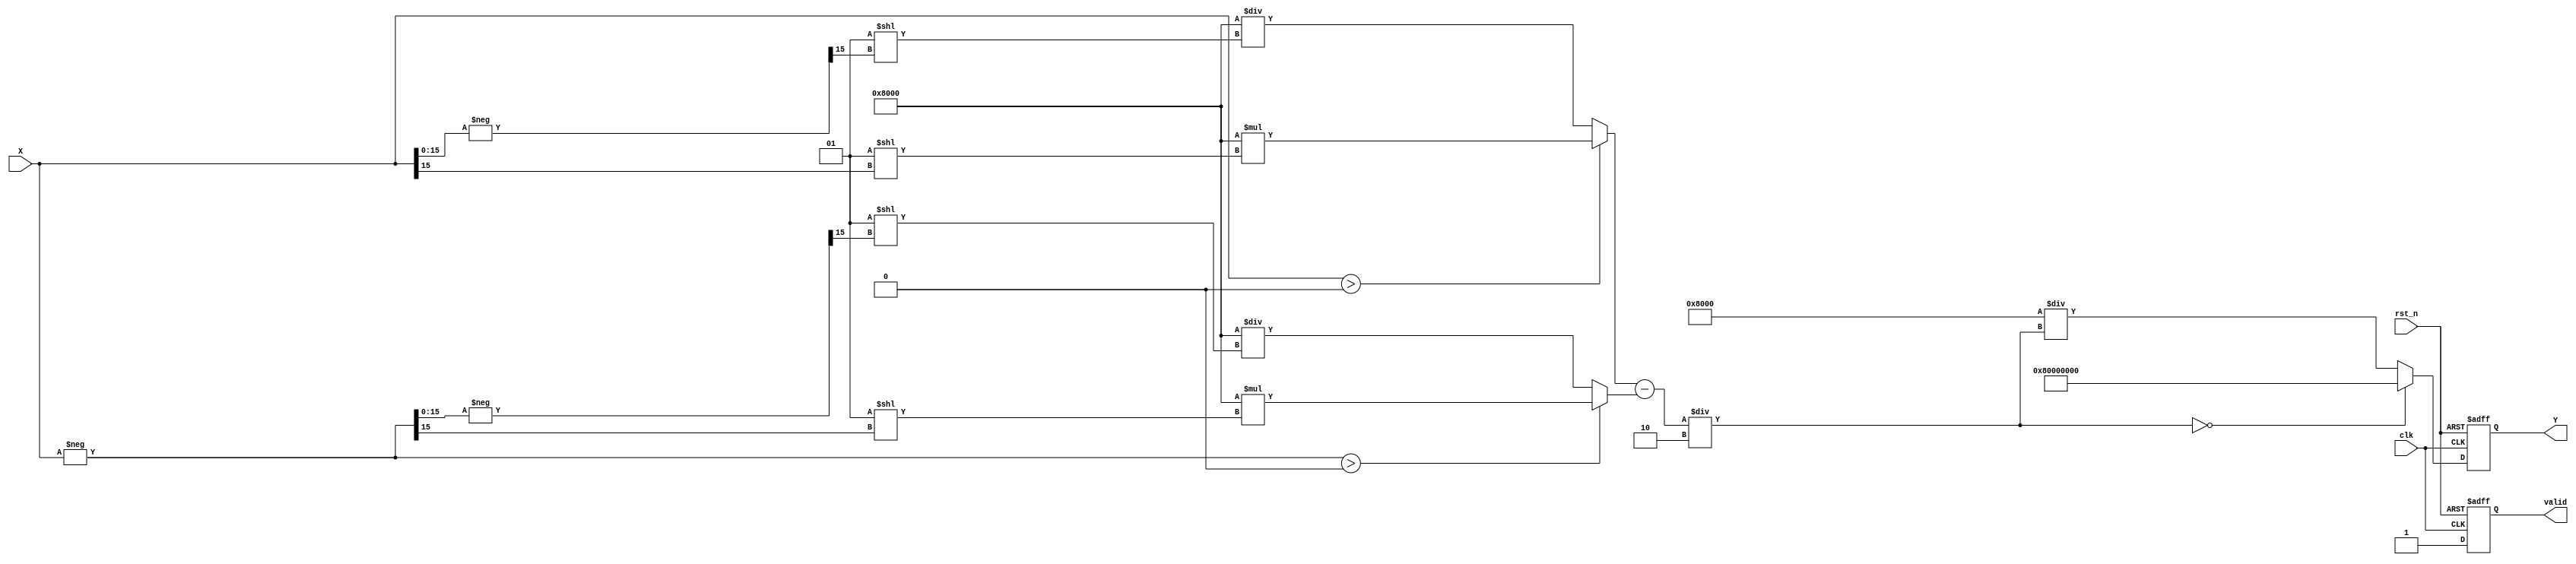
module csch (
    input wire clk,
    input wire rst_n,
    input wire [31:0] X, // Fixed-point input, e.g., Q15.16 format
    output reg [31:0] Y, // Fixed-point output, e.g., Q15.16 format
    output reg valid     // Indicates the output is valid
);

    // Parameters for fixed-point representation
    parameter FIXED_POINT_FRACTIONAL_BITS = 16;
    parameter EXP_SCALE = 32768; // 2^15 for Q15.16 representation

    // Temporary variables
    reg [31:0] exp_X;
    reg [31:0] exp_neg_X;
    reg [31:0] sinh_X;
    reg [31:0] csch_X;

    // Function to compute exponential (placeholder, use actual implementation)
    function [31:0] exp_func(input [31:0] x);
        // Implement a fixed-point exponentiation algorithm (e.g., Taylor series, LUT, etc.)
        // This is a placeholder; you need to implement this properly.
        exp_func = (x > 0) ? (EXP_SCALE * (1 << (x[15:0] >> 15))) : (EXP_SCALE / (1 << (-x[15:0] >> 15)));
    endfunction

    // Compute csch in always block
    always @(posedge clk or negedge rst_n) begin
        if (!rst_n) begin
            Y <= 32'b0;
            valid <= 1'b0;
        end else begin
            // Step 1: Compute sinh(X)
            exp_X = exp_func(X);
            exp_neg_X = exp_func(-X);
            sinh_X = (exp_X - exp_neg_X) / 2; // Fixed-point division

            // Step 2: Compute csch(X)
            if (sinh_X == 0) begin
                Y <= 32'h80000000; // Return a special value for undefined (e.g., NaN or Infinity)
            end else begin
                csch_X = EXP_SCALE / sinh_X; // Fixed-point division
                Y <= csch_X;
            end
            
            valid <= 1'b1; // Signal that output is valid
        end
    end

endmodule